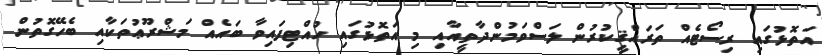
އަތޮޅުގައި ރިސޯޓެއް ތަރައްޤީކުރުން ލަސްވަމުންދާތީއާއި މި އަތޮޅުގައި ހުއްޓިފައިވާ ބައެއް މަޝްރޫޢުތަކާއި ބެހޭގޮތުން